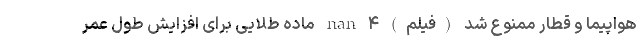
هواپیما و قطار ممنوع شد (فیلم) nan ۴ ماده طلایی برای افزایش طول عمر